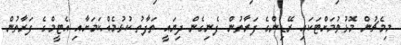
މިމެޗުން މޮޅުވުމަށްޓަކައި ރޭޑިންގެ ފަރާތުން ފެނިގެން ދިޔައީ ތަފާތު ކުޅުމެއްކަމަށާއި އެޓީމްގެ ފަރާތުން